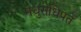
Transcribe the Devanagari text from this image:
मधुराधिपते